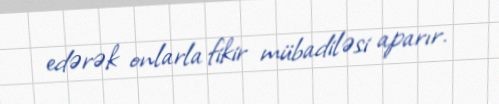
edərək onlarla fikir mübadiləsi aparır.